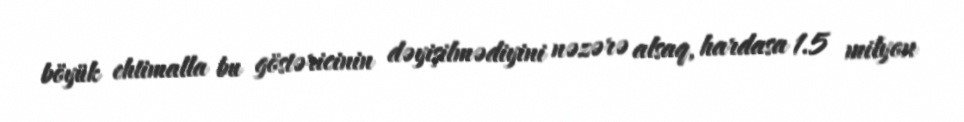
böyük ehtimalla bu göstəricinin dəyişilmədiyini nəzərə alsaq, hardasa 1.5 milyon